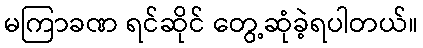
မကြာခဏ ရင်ဆိုင် တွေ့ဆုံခဲ့ရပါတယ်။